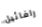
رافائيل